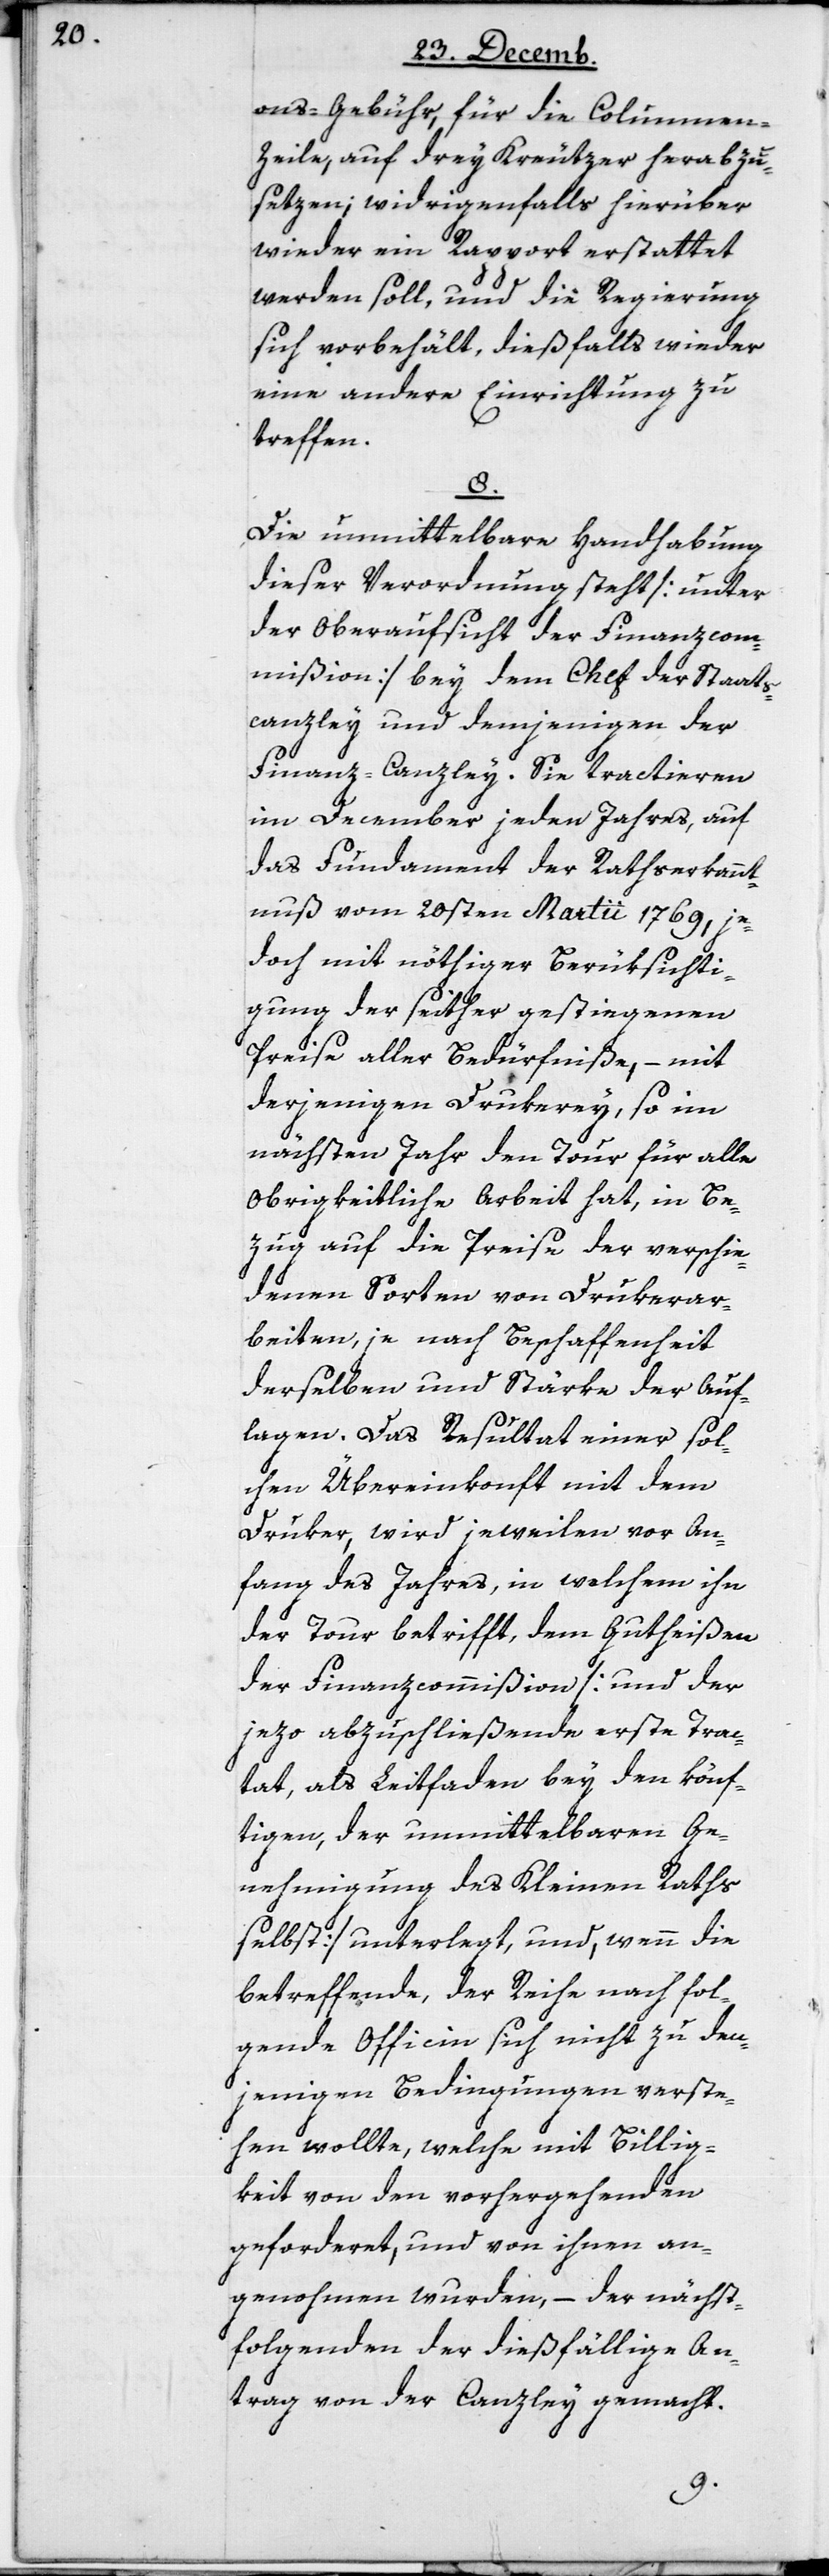
ons-Gebühr für die Columnen-Z¬
eile, auf drey Kreutzer herabzu¬
setzen; widrigenfalls hierüber
wieder ein Rapport erstattet
werden soll, und die Regierung
sich vorbehält, dießfalls wieder
eine andere Einrichtung zu
treffen.
8.
Die unmittelbare Handhabung
dieser Verordnung steht [unter
der Oberaufsicht der Finanzcom¬
mißion] bey dem Chef der Staats¬
canzley und demjenigen der
Finanz-Canzley. Sie tractieren
im December jeden Jahres, auf
das Fundament der Rathserkannt¬
nuß vom 20sten Martii 1769, je¬
doch mit nöthiger Berüksichti¬
gung der seither gestiegenen
Preise aller Bedürfniße, – mit
derjenigen Drukerey, so im
nächsten Jahr den Tour für alle
Obrigkeitliche Arbeit hat, in Be¬
zug auf die Preise der verschie¬
denen Sorten von Drukar¬
beiten, je nach Beschaffenheit
derselben und Stärke der Auf¬
lagen. Das Resultat einer sol¬
chen Übereinkonft mit dem
Druker, wird jeweilen vor An¬
fang des Jahres, in welchem ihn
der Tour betrifft, dem Gutheißen
der Finanzcommißion [und der
jezo abzuschließende erste Trac¬
tat, als Leitfaden bey den könf¬
tigen, der unmittelbaren Ge¬
nehmigung des Kleinen Raths
selbst] unterlegt, und, wenn die
betreffende, der Reihe nach fol¬
gende Officin sich nicht zu den¬
jenigen Bedingungen verste¬
hen wollte, welche mit Billig¬
keit von den vorhergehenden
geforderet, und von ihnen an¬
genohmen wurden, – der nächst¬
folgenden der dießfällige An¬
trag von der Canzley gemacht.